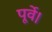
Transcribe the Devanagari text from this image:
पूर्वे।